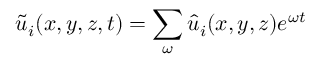
\Tilde { u } _ { i } ( x , y , z , t ) = \sum _ { \omega } \hat { u } _ { i } ( x , y , z ) e ^ { \omega t }